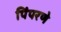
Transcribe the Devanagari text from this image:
पिंपरणे